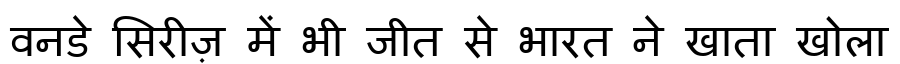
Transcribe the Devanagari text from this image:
वनडे सिरीज़ में भी जीत से भारत ने खाता खोला